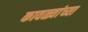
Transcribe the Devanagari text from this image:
कावळ्यांच्या